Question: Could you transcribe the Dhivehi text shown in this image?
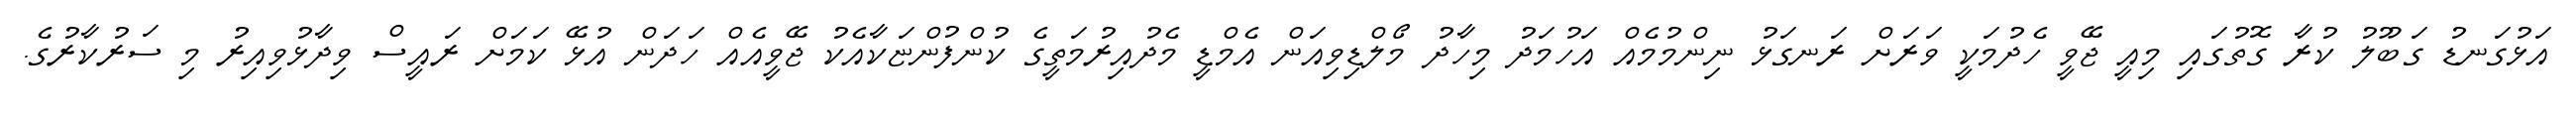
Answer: އަޅުގަނޑު ގަބޫލު ކުރާ ގޮތުގައި މިއީ ޖޭވީ ހެދުމަކީ ވަރަށް ރަނގަޅު ނިންމުމެއް އަހުމަދު މިހާދު މޯލްޑިވިއަން އެމްޑީ މެދުއިރުމަތީގެ ކުންފުންޏަކާއެކު ޖޭވީއެއް ހަދަން އުޅޭ ކަމަށް ރައީސް ވިދާޅުވިއިރު މި ސަރުކާރުގެ.